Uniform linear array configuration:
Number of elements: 12
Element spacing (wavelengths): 0.5
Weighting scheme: cosine
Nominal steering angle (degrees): -30
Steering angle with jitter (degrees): -31.785
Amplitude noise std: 0.05
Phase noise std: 0.05

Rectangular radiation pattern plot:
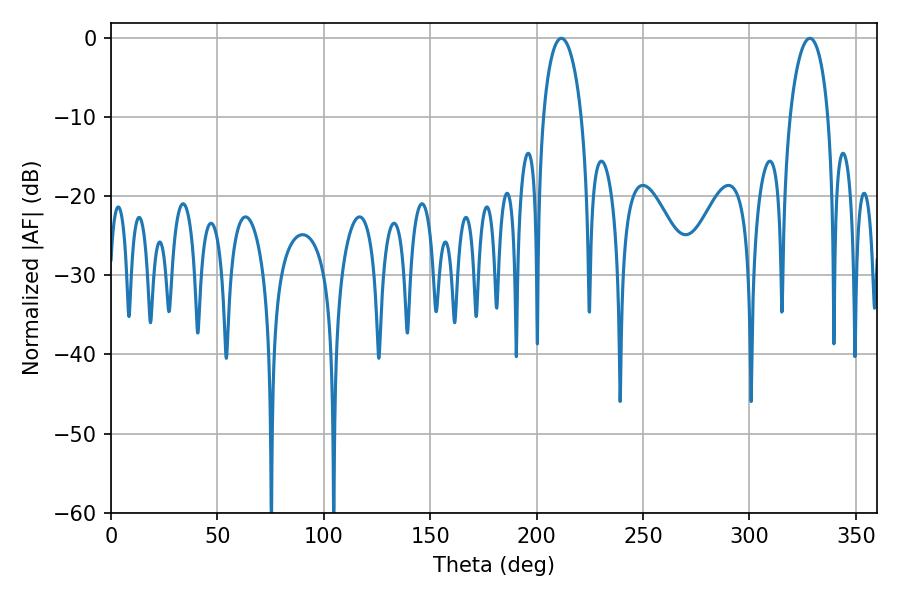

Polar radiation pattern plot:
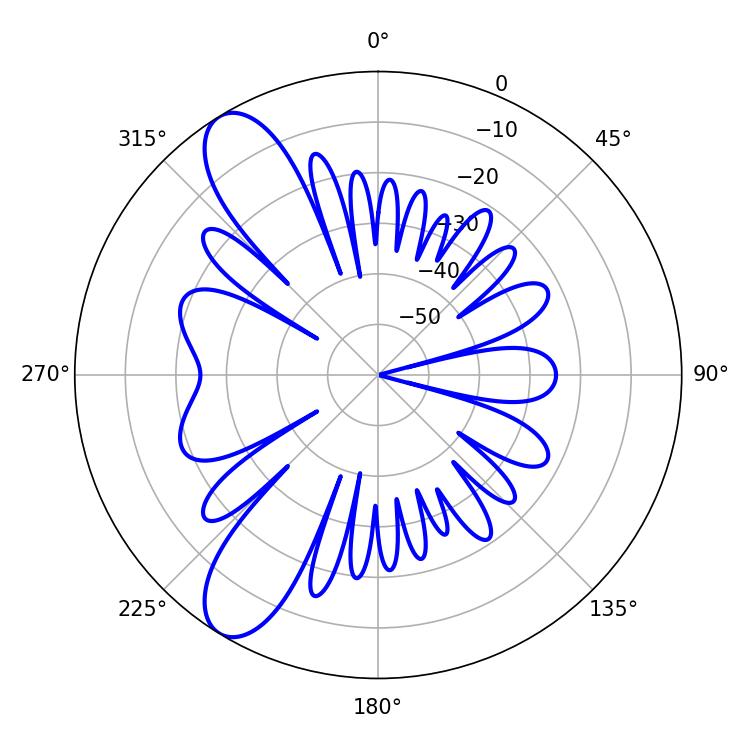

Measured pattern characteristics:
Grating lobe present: FALSE
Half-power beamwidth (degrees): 10.26
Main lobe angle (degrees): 211.68